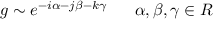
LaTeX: g \sim e ^ { - i \alpha - j \beta - k \gamma } \ \ \ \ \ \alpha , \beta , \gamma \in R